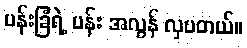
ပန်းခြံရဲ့ ပန်း အလွန် လှပတယ်။